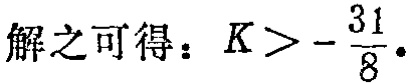
解之可得：\(K > -\frac{31}{8}\)